Report on vaccination in Madras 1877-1894 - 1877-1894
Year: 1877
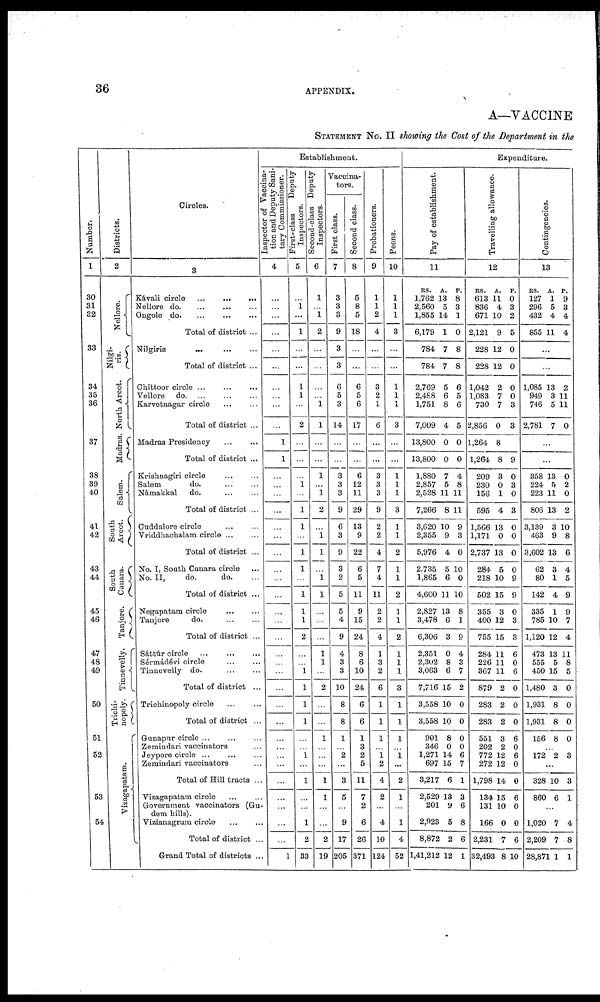
36
APPENDIX.
A—VACCINE
STATEMENT NO. II showing the Cost of the department in the
Number.
1
30
31
32
33
34
35
36
37
38
39
40
41
42
43
44
45
46
47
48
49
50
51
52
53
54
Districts.
2
Nellore.
Nilgi-
ris.
North Arcot.
Madras.
Salem.
South
Arcot.
South
Gauara.
Tanjore.
Tinnevelly.
Trichi-
nopoly.
Vizagapatam.
Circles.
3
Kávali circle
...
...
...
Nellore
do. ... ... ...
Ongole
do. ... ... ...
Total of district ...
Nilgiris
...
...
...
Total of district ...
Chittoor circle
...
...
...
Vellore do.
...
...
...
Karvetnagar circle ... ...
Total of district ...
Madras Presidency
...
...
Total of district ...
Krishnagiri circle
...
...
Salem
do. ... ...
Námakkal
do.
...
...
Total of district ...
Cuddalore circle ... ...
Vriddhachalam circle ... ...
Total of district ...
No. I, South Canara circle ...
No. II,
do.
do.
Total of district ...
Negapatam circle
...
...
Tanjore
do.
...
...
Total of district ...
Sáttúrcircle
...
...
...
Sérmádévi circle
...
...
Tinnevelly do. ... ...
Total of district ...
Trichinopoly circle ... ...
Total of district ...
Gunapur circle ...
...
...
Zemindari vaccinators ...
Jeypore circle ... ... ...
Zemindari vaccinators ...
Total of Hill tracts ...
Vizagapatam circle ... ...
Government vaccinators (Gu-
dem hills).
Vizianagrum circle ... ...
Total of district ...
Grand Total of districts ...
Establishment.
Inspector of vaccina-
tion and Deputy Sani-
tary Commissioner.
4
...
...
...
...
...
...
...
...
...
...
1
1
...
...
...
...
...
...
...
...
...
...
...
...
...
...
...
...
...
...
...
...
...
...
...
...
...
...
...
...
1
First-class
Deputy
Inspectors.
5
...
1
...
1
...
...
1
1
...
2
...
...
...
1
...
1
1
...
1
1
...
1
1
1
2
...
...
1
1
1
1
...
...
1
...
1
...
...
1
2
33
Second-class Deputy
Inspectors.
6
1
...
1
2
...
...
...
...
...
1
...
...
1
...
1
2
...
1
1
...
1
1
...
...
...
1
1
...
2
...
...
1
...
...
...
1
1
...
...
2
19
Vaccina-
tors.
First class.
7
3
3
3
9
3
3
6
5
3
14
...
...
3
3
3
9
6
3
9
3
2
5
5
4
9
4
3
3
10
8
8
1
...
2
...
3
5
...
9
17
205
Second class.
8
5
8
5
18
...
...
6
5
6
17
...
...
6
12
11
29
13
9
22
6
5
11
9
15
24
8
6
10
24
6
6
1
3
2
5
11
7
2
6
26
371
Probationers.
9
1
1
2
4
...
...
3
2
1
6
...
...
3
3
3
9
2
2
4
7
4
11
2
2
4
1
3
2
6
1
1
1
...
1
2
4
2
...
4
10
124
Peons.
10
1
1
1
3
...
...
1
1
1
3
...
...
1
1
1
3
1
1
2
1
1
2
1
1
2
1
1
1
3
1
1
1
...
1
...
2
1
...
1
4
52
Expenditure.
Pay of establishment.
11
RS.
1,762
2,560
1,855
6,179
784
784
2,769
2,488
1,751
7,009
13,800
13,800
1,880
2,857
2,528
7,266
3,620
2,355
5,976
2.735
1,865
4,600
2,827
3,478
6,306
2,351
2,302
3,063
7,716
3,558
3,558
901
346
1,271
697
3,217
2,529
201
2,923
8,872
1,41,212
A.
13
5
14
1
7
7
5
6
8
4
0
0
7
5
11
8
10
9
4
5
6
11
13
6
3
0
8
6
15
10
10
8
0
14
15
6
13
9
5
2
12
P.
8
3
1
0
8
8
6
5
6
5
0
0
4
8
11
11
9
3
0
10
0
10
8
1
9
4
3
7
2
0
0
0
0
6
7
1
3
6
8
6
1
Travelling allowance.
12
RS.
613
836
671
2,121
228
228
1,042
1,083
730
2,856
1,264
1,264
209
230
156
595
1,566
1,171
2,737
284
218
502
355
400
755
284
226
367
879
283
283
551
202
772
272
1,798
134
131
166
2,231
32,493
A.
11
4
10
9
12
12
2
7
7
0
8
8
3
0
1
4
13
0
13
5
10
15
3
12
15
11
11
11
2
2
2
3
2
12
12
14
15
10
0
7
8
P.
0
3
2
5
0
0
0
0
3
3
9
0
3
0
3
0
0
0
0
9
9
0
3
3
6
0
6
0
0
0
6
0
6
0
0
6
0
0
6
10
Contingencies.
13
RS.
127
296
432
855
A.
1
5
4
11
P.
9
3
4
4
...
...
1,085
949
746
2,781
13
3
5
7
2
11
11
0
...
...
358
224
223
806
3,139
463
3,602
62
80
142
335
785
1,120
473
555
450
1,480
1,931
1,931
156
13
5
11
13
3
9
13
3
1
4
1
10
12
13
5
15
3
8
8
8
0
2
0
2
10
8
6
4
5
9
9
7
4
11
8
5
0
0
0
0
...
172 2 3
...
328
860
10
6
3
1
...
1,020
2,209
28,871
7
7
1
4
8
1